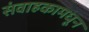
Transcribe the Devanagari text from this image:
संवाहकामधून